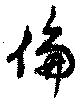
倫